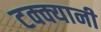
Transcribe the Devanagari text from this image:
टक्क्यानी